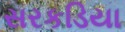
સરકડિયા